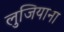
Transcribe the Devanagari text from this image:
लुजियाना